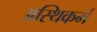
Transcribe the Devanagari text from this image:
अस्थिकर्म